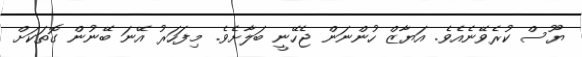
ޔޫސް ކުރެވޭނެއެވެ. އަޔާޒް ހުންނަން ޖެހޭނީ ބަލާށެވެ. މިފަހަރު އޭނަ ބޭނުން ގޮތަކަށް